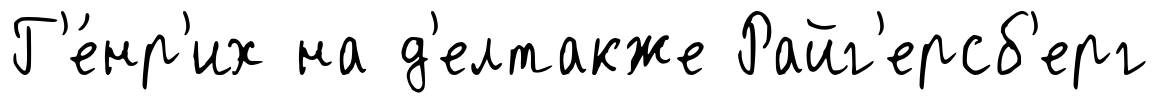
Г'е́нр'их на д'елтакже Райг'ерсб'ерг